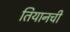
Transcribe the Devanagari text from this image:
तियानची